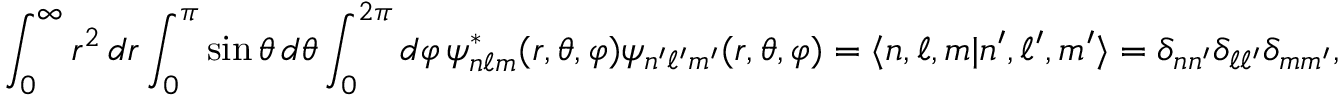
\int _ { 0 } ^ { \infty } r ^ { 2 } \, d r \int _ { 0 } ^ { \pi } \sin \theta \, d \theta \int _ { 0 } ^ { 2 \pi } d \varphi \, \psi _ { n \ell m } ^ { * } ( r , \theta , \varphi ) \psi _ { n ^ { \prime } \ell ^ { \prime } m ^ { \prime } } ( r , \theta , \varphi ) = \langle n , \ell , m | n ^ { \prime } , \ell ^ { \prime } , m ^ { \prime } \rangle = \delta _ { n n ^ { \prime } } \delta _ { \ell \ell ^ { \prime } } \delta _ { m m ^ { \prime } } ,